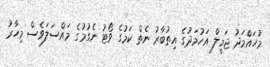
މުހައްމަދު ޖަމީލް އަހުމަދުގެ އިތުބާރު ނެތް ކަމުގެ ވޯޓު ނެގުމުގެ މައްސަލަވެސް މިހާރު